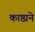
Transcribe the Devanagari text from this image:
काष्ठाने